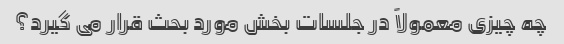
چه چیزی معمولاً در جلسات بخش مورد بحث قرار می گیرد؟